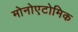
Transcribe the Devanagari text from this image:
मोनोएटोमिक